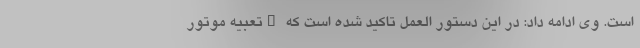
است. وی ادامه داد: در این دستور العمل تاکید شده است که "تعبیه موتور